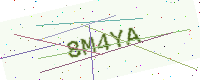
Text: 8M4YA